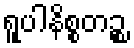
ရူပါနိစ္စတဉ္စ